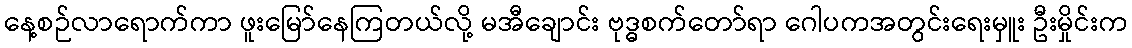
နေ့စဉ်လာရောက်ကာ ဖူးမြော်နေကြတယ်လို့ မအီချောင်း ဗုဒ္ဓစက်တော်ရာ ဂေါပကအတွင်းရေးမှူး ဦးမှိုင်းက